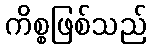
ကိစ္စဖြစ်သည်